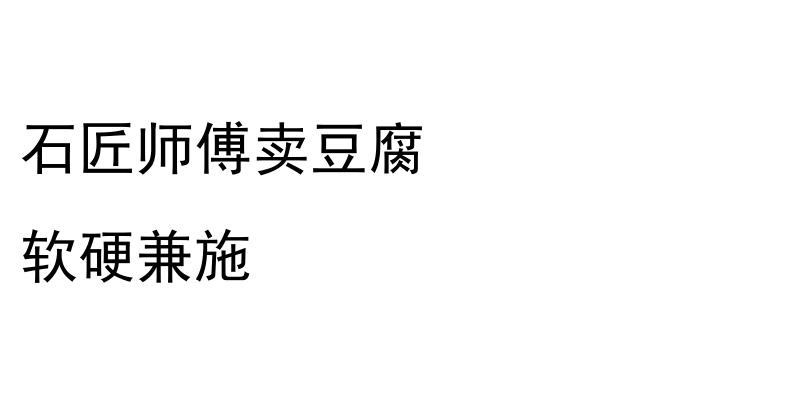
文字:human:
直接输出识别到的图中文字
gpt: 石匠师傅卖豆腐 软硬兼施